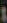
: